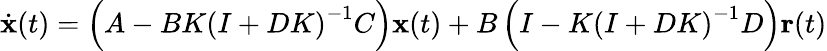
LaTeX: {\dot{\mathbf{x}}}(t)=\left(A-BK\left(I+DK\right)^{-1}C\right)\mathbf{x}(t)+B\left(I-K\left(I+DK\right)^{-1}D\right)\mathbf{r}(t)